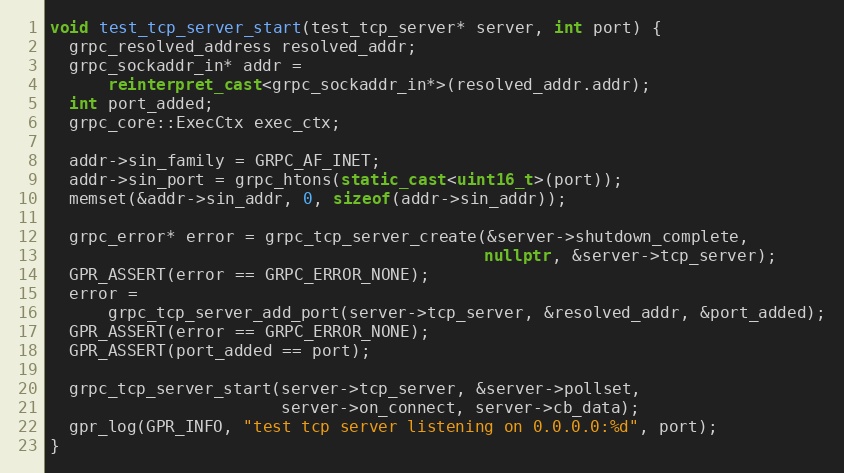
Language: C++
void test_tcp_server_start(test_tcp_server* server, int port) {
  grpc_resolved_address resolved_addr;
  grpc_sockaddr_in* addr =
      reinterpret_cast<grpc_sockaddr_in*>(resolved_addr.addr);
  int port_added;
  grpc_core::ExecCtx exec_ctx;

  addr->sin_family = GRPC_AF_INET;
  addr->sin_port = grpc_htons(static_cast<uint16_t>(port));
  memset(&addr->sin_addr, 0, sizeof(addr->sin_addr));

  grpc_error* error = grpc_tcp_server_create(&server->shutdown_complete,
                                             nullptr, &server->tcp_server);
  GPR_ASSERT(error == GRPC_ERROR_NONE);
  error =
      grpc_tcp_server_add_port(server->tcp_server, &resolved_addr, &port_added);
  GPR_ASSERT(error == GRPC_ERROR_NONE);
  GPR_ASSERT(port_added == port);

  grpc_tcp_server_start(server->tcp_server, &server->pollset,
                        server->on_connect, server->cb_data);
  gpr_log(GPR_INFO, "test tcp server listening on 0.0.0.0:%d", port);
}